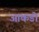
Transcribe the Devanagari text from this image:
आकडो़